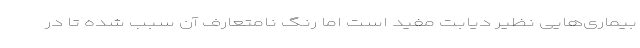
بیماری‌هایی نظیر دیابت مفید است اما رنگ نامتعارف آن سبب شده تا در